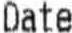
DATE